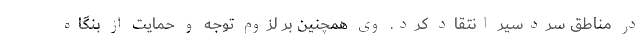
در مناطق سردسیر انتقاد کرد. وی همچنین بر لزوم توجه و حمایت از بنگاه